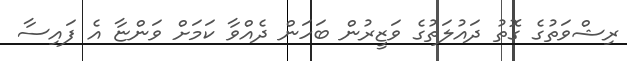
ރިޝްވަތުގެ ގޮތު ދައުލަތުގެ ވަޒީރުން ބަހަން ދެއްވާ ކަމަށް ވަންޏާ އެ ފައިސާ